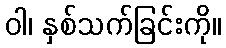
ဝါ၊ နှစ်သက်ခြင်းကို။